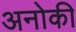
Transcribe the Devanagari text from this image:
अनोकी